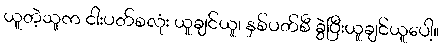
ယူတဲ့သူက ငါးပတ်စလုံး ယူချင်ယူ၊ နှစ်ပတ်စီ ခွဲပြီးယူချင်ယူပေါ့။